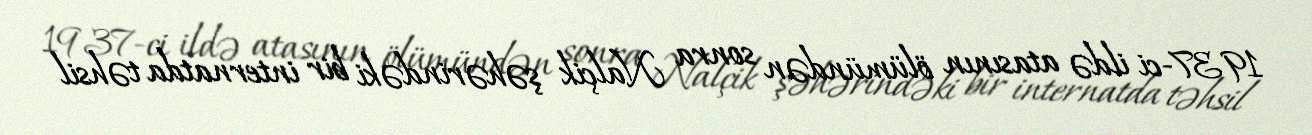
1937-ci ildə atasının ölümündən sonra Nalçik şəhərindəki bir internatda təhsil